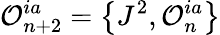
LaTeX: {\cal O}_{n+2}^{ia}=\left\{ J^{2},{\cal O}_{n}^{ia}\right\}